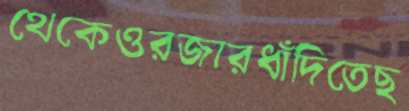
থেকেওরজারধাঁদিতেছ